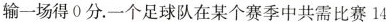
输一场得0分。一个足球队在某个赛季中共需比赛14